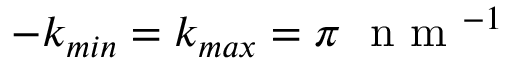
- k _ { m i n } = k _ { m a x } = \pi ~ \mathrm { ~ n ~ m ~ } ^ { - 1 }